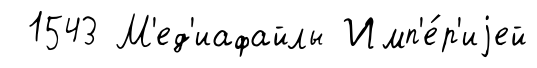
1543 М'ед'иафайлы Имп'е́р'иjей